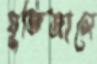
যুক্তিজালে